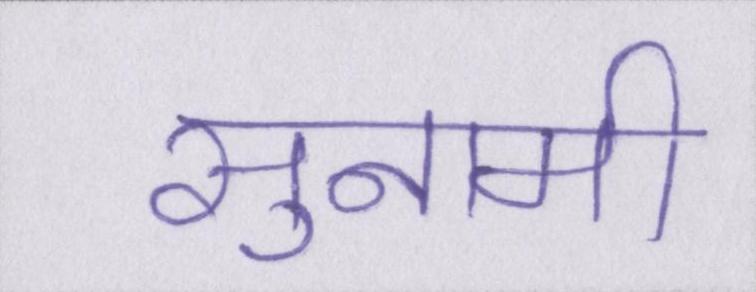
सुनामी